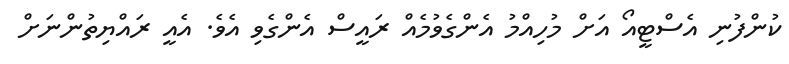
ކުންފުނި އެސްޓީއޯ އަށް މުހިއްމު އެންގެވުމެއް ރައީސް އެންގެވި އެވެ. އެއީ ރައްޔިތުންނަށް